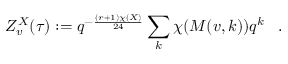
Z _ { v } ^ { X } ( \tau ) : = q ^ { - { \frac { ( r + 1 ) \chi ( X ) } { 2 4 } } } \sum _ { k } \chi ( { \cal M } ( v , k ) ) q ^ { k } \; \; \; .